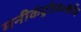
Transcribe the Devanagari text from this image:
मनीकंट्रोल॰कॉम